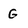
Character: G